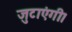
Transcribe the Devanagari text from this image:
जुटाएंगी।